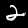
Digit: 2